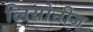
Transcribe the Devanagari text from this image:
लियोनीज